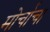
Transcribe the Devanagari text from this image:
मोर्चाचा